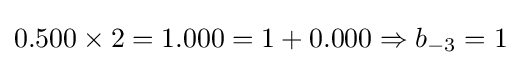
0.500\times 2=1.000=1+0.000\Rightarrow b_{-3}=1